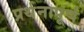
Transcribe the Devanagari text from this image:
प्रर्थनापूर्ण